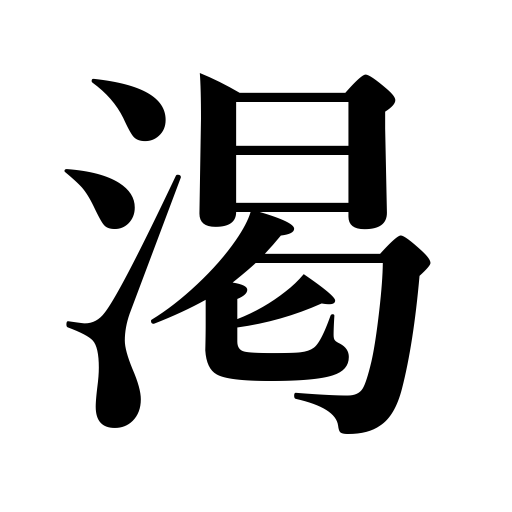
Meanings: dry up,be thirsty,thirst,feel dry,be parched